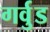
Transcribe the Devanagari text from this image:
गर्वुड